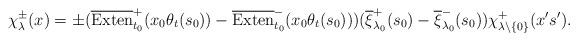
LaTeX: \begin{align*}\chi_\lambda^\pm(x)=\pm(\overline{\operatorname{Exten}}^+_{t_0}(x_0\theta_t(s_0))-\overline{\operatorname{Exten}}^-_{t_0}(x_0\theta_t(s_0)))(\overline{\xi}_{\lambda_0}^+(s_0)-\overline{\xi}_{\lambda_0}^-(s_0))\chi_{\lambda\backslash\{0\}}^+(x's').\end{align*}